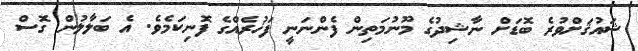
ޝައުޤަށްވުރެ ބޮޑަށް ނާޝިދުގެ މޫނުމަތިން ފެންނަނީ ފަޚުރެއްގެ ފޮނިކަމެވެ. އެ ބަލާލުން ގޮސް